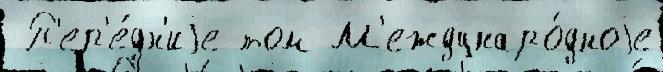
 П'ер'е́дн'иjе том М'еждунаро́дноjе